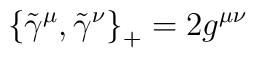
\left\{ {\tilde \gamma }^\mu ,\tilde \gamma ^\nu \right\}_{+}=2g^{\mu \nu }